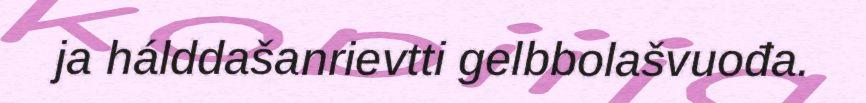
ja hálddašanrievtti gelbbolašvuođa.